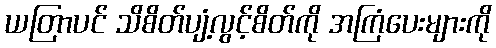
ယတြာပင် သိစိတ်ပျံ့လွင့်စိတ်ကို အကြံပေးများကို